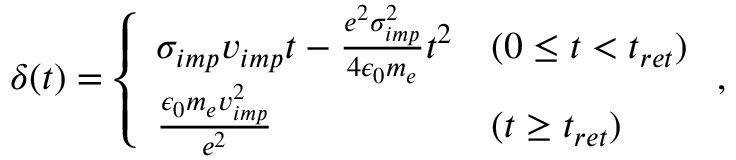
\delta ( t ) = \left\{ \begin{array} { l l } { \sigma _ { i m p } v _ { i m p } t - \frac { e ^ { 2 } \sigma _ { i m p } ^ { 2 } } { 4 \epsilon _ { 0 } m _ { e } } t ^ { 2 } } & { ( 0 \leq t < t _ { r e t } ) } \\ { \frac { \epsilon _ { 0 } m _ { e } v _ { i m p } ^ { 2 } } { e ^ { 2 } } } & { ( t \geq t _ { r e t } ) } \end{array} \right. ,